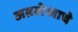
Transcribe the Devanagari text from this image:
अग्रलेखाचे